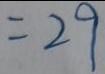
= 2 9